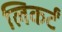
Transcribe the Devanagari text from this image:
लिकर्टं